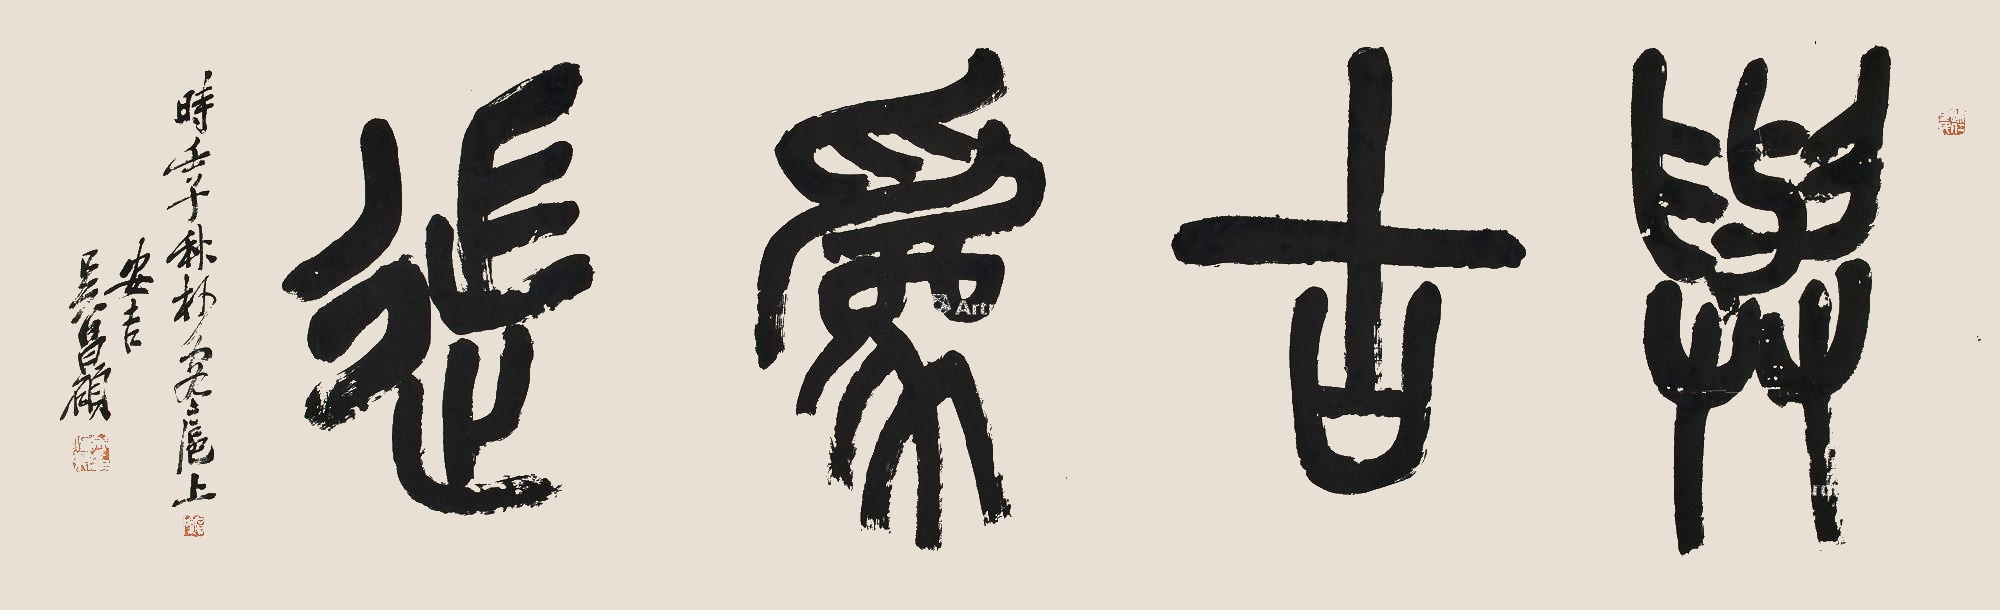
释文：与古为徒。时壬子朴客扈上，安吉吴昌硕。